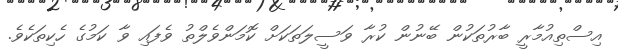
އިސްތިއުމާރީ ބާރުތަކުން ބޭނުން ކުރާ ވަސީލަތަކަށް ކޮމަންވެލްތު ވެފައި ވާ ކަމުގެ ހެކިތަކެވެ.